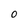
Character: O